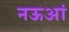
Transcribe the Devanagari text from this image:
नऊआं